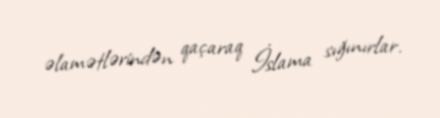
əlamətlərindən qaçaraq İslama sığınırlar.